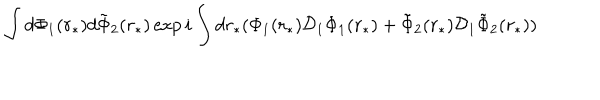
\int d \Phi _ { 1 } ( r _ { * } ) d \tilde { \Phi } _ { 2 } ( r _ { * } ) \exp { i \int d r _ { * } ( \Phi _ { 1 } ( r _ { * } ) { \cal D } _ { 1 } \Phi _ { 1 } ( r _ { * } ) + \tilde { \Phi } _ { 2 } ( r _ { * } ) { \cal D } _ { 1 } \tilde { \Phi } _ { 2 } ( r _ { * } ) ) }